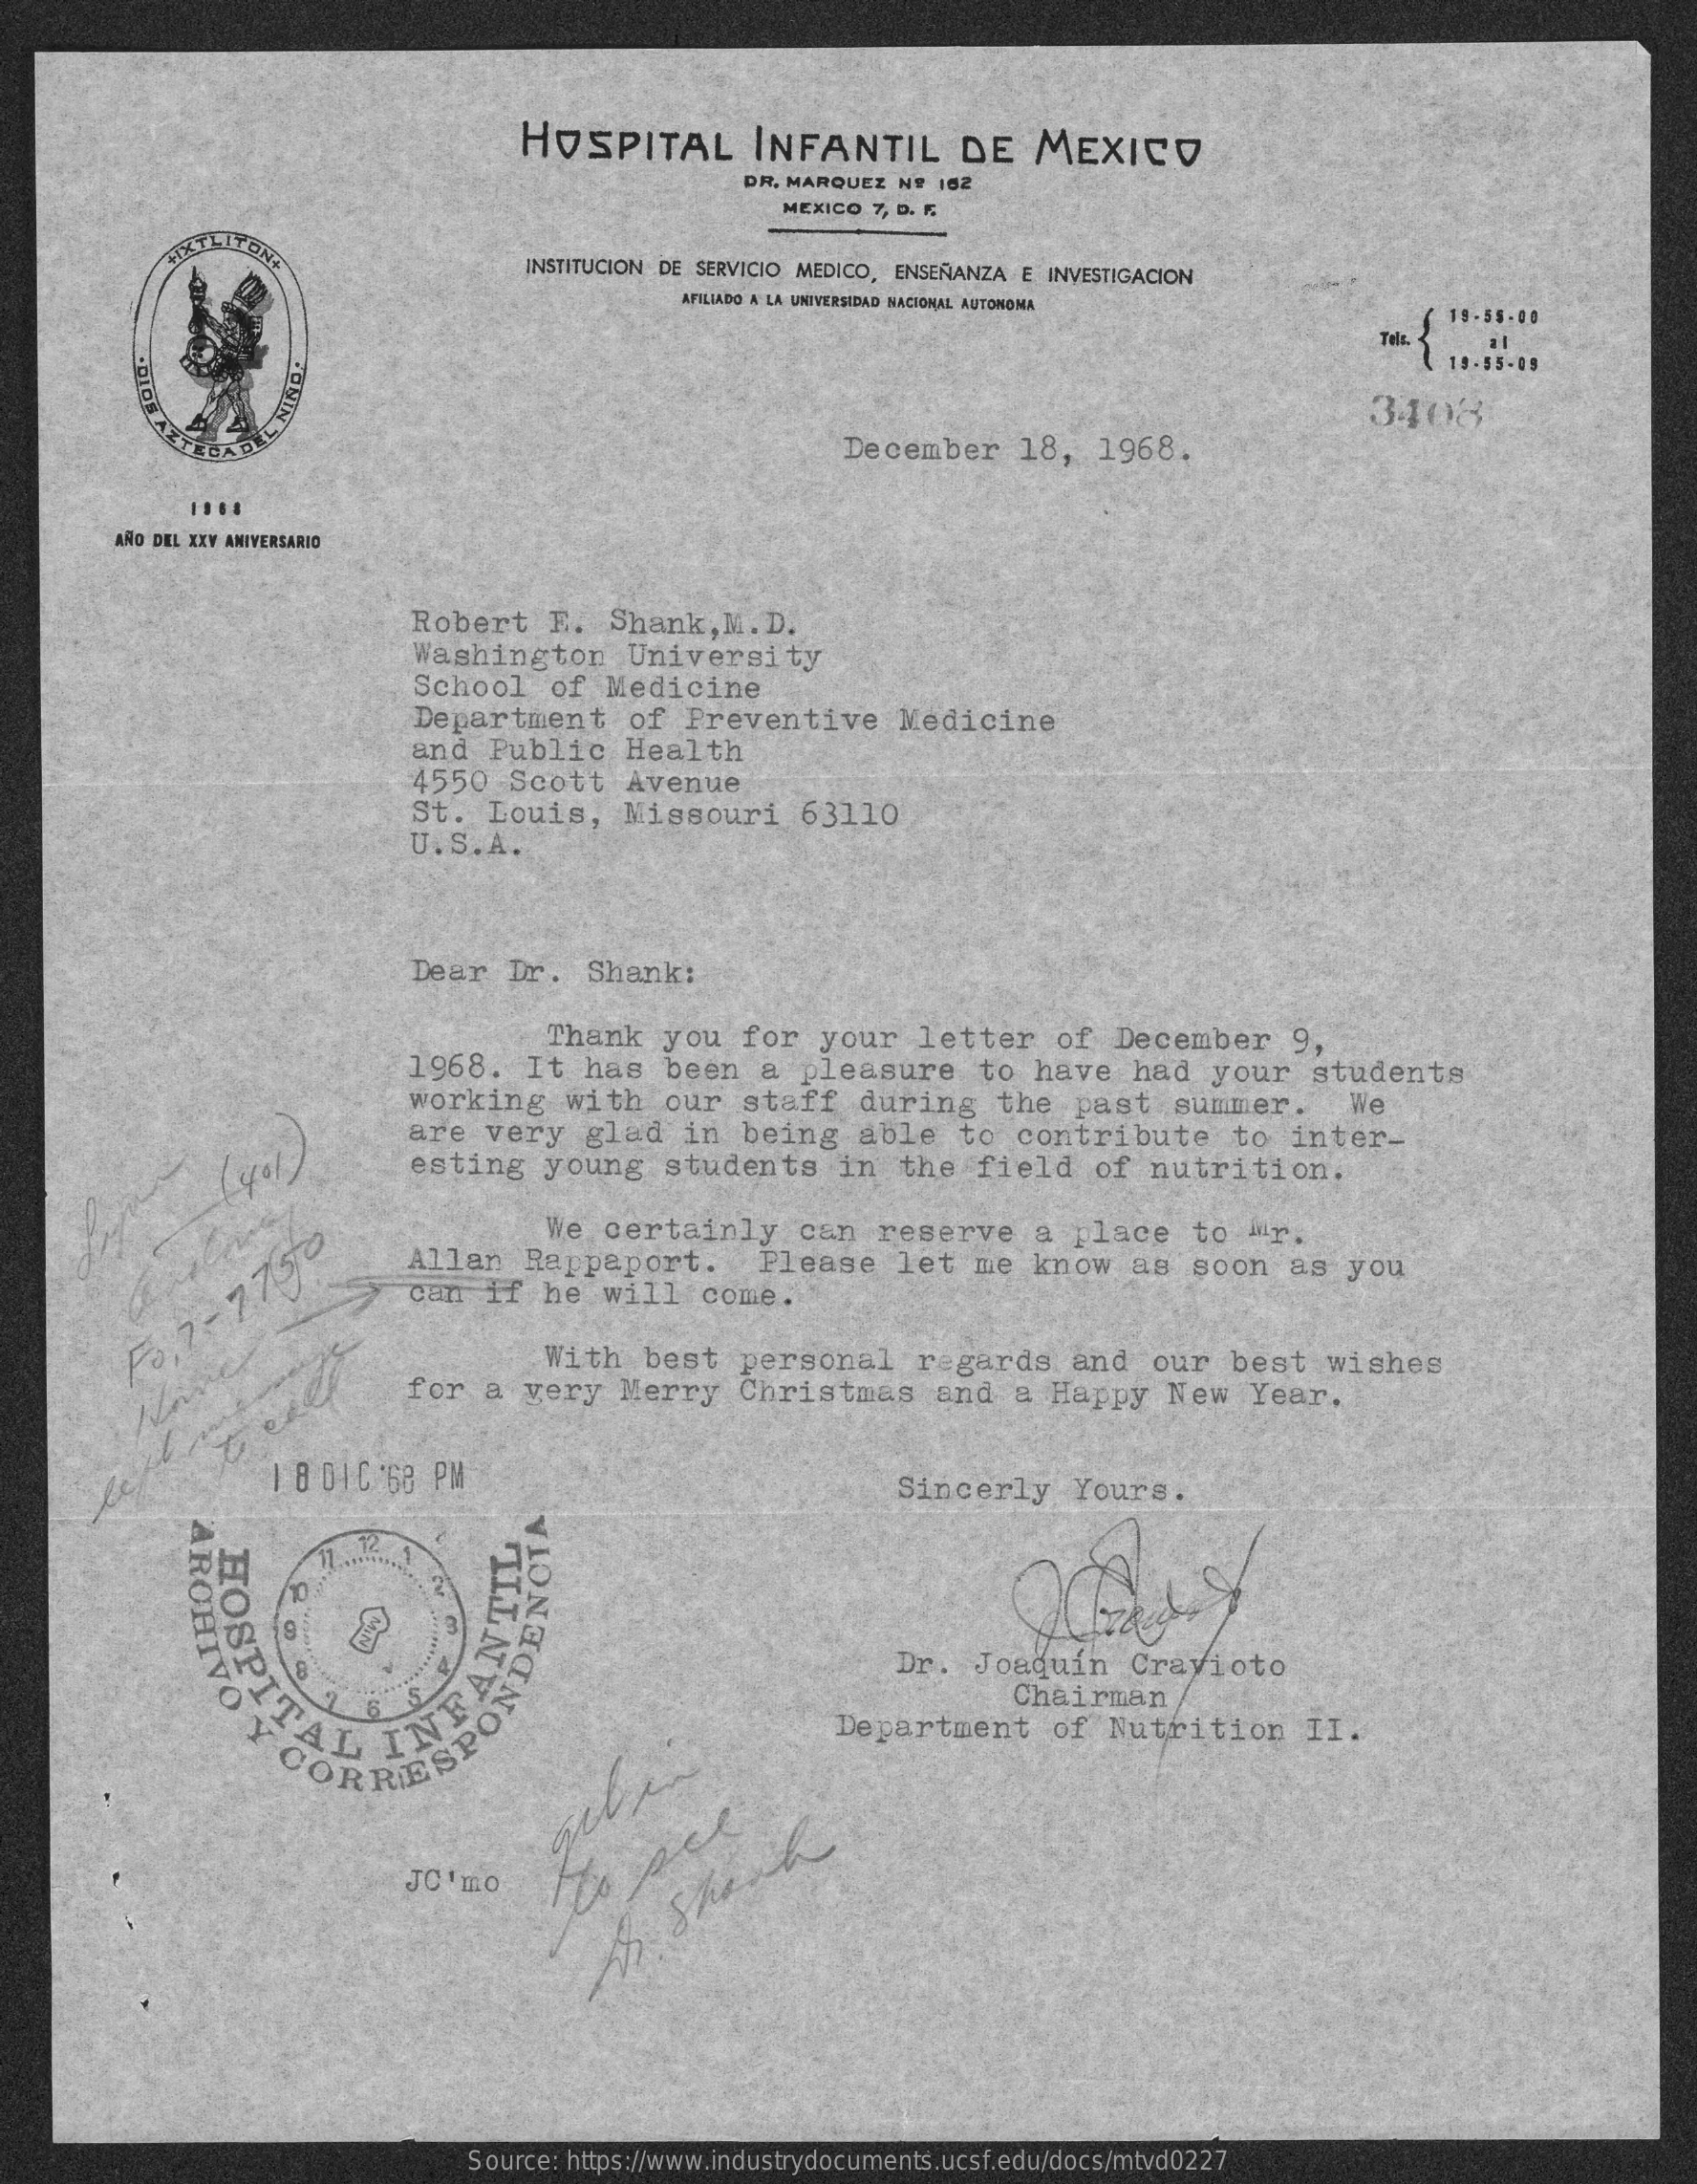
HOSPITAL    INFANTIL    DE  MEXICO
     DR. MARQUEZ Nº 162
     MEXICO 7, D. F.
     ARTLITONA    INSTITUCION DE SERVICIO MEDICO, ENSEÑANZA E INVESTIGACION
     AFILIADO A LA UNIVERSIDAD NACIONAL AUTONOMA
     19-55.00
     14-55-09
     3408
     December   18, 1968.
     AÑO DEL XXV ANIVERSARIO
     Robert  E.  Shank, M. D.
     Washington   University
     School of Medicine
     Department   of Preventive   Medicine
     and  Public  Health
     4550  Scott  Avenue
     St. Louis,  Missouri   63110
     U.S.A.
     Dear  Dr. Shank:
     Thank  you for  your  letter  of December  9,
     1968.  It has  been a  pleasure  to have  had  your  students
     working  with  our staff  during  the  past  summer.   We
     are very  glad  in being  able  to contribute   to inter-
     esting  young  students  in  the field  of nutrition.
     We certainly   can reserve   a place  to "r.
     Allan  Rappaport.   Please  let  me know  as  soon as  you
     can if  he will  come.
     Fo, 7-
     7750
     With  best personal   regards  and our  best  wishes
     for a  very Merry  Christmas   and a Happy  New  Year.
     18 016:68 PM    Sincerly  Yours.
     ARCHIVO HOSPIT
     Dr. Joaquín  Cravioto
     Chairman
     Y CORRESPON AL
     INTROS
     Department  of  Nutrition  II.
     giles
     JC 'mo
     A
     Short
     Source: https://www.industrydocuments.ucsf.edu/docs/mtvd0227